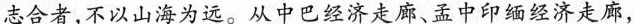
志合者，不以山海为远。从中巴经济走廊、孟中印缅经济走廊，